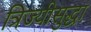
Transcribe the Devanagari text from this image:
त्रिज्यीसुद्धा